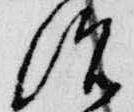
治